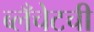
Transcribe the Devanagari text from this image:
ब्लँचेटची